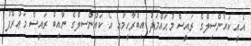
އެއީ ކައުންސިލްގެ ރައީސް މުޙައްމަދު އިބްރާހީމާއި އެ ކައުންސިލްގެ ނާއިބް ރައީސް މަޢުރޫފު